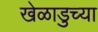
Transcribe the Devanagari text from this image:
खेळाडुच्या